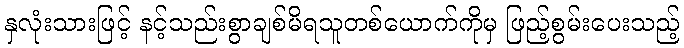
နှလုံးသားဖြင့် နင့်သည်းစွာချစ်မိရသူတစ်ယောက်ကိုမှ ဖြည့်စွမ်းပေးသည့်